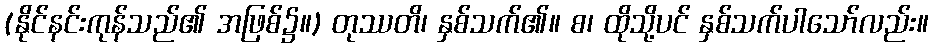
(နိုင်နင်းကုန်သည်၏ အဖြစ်၌။) တုဿတိ၊ နှစ်သက်၏။ စ၊ ထိုသို့ပင် နှစ်သက်ပါသော်လည်း။